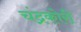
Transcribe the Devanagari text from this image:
चंद्रकोरी